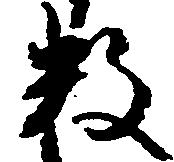
数